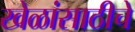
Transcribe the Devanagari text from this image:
खेळांसाठीचे